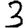
Digit: 3